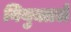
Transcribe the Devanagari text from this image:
नियुक्तले